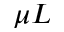
\mu L